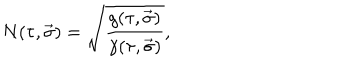
N ( \tau , \vec { \sigma } ) = \sqrt { \frac { g ( \tau , \vec { \sigma } ) } { \gamma ( \tau , \vec { \sigma } ) } } ,